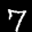
Label: 7